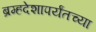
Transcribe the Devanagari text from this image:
ब्रम्हदेशापर्यंतच्या